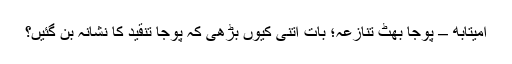
امیتابھ – پوجا بھٹ تنازعہ؛ بات اتنی کیوں بڑھی کہ پوجا تنقید کا نشانہ بن گئیں؟